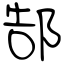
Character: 郜